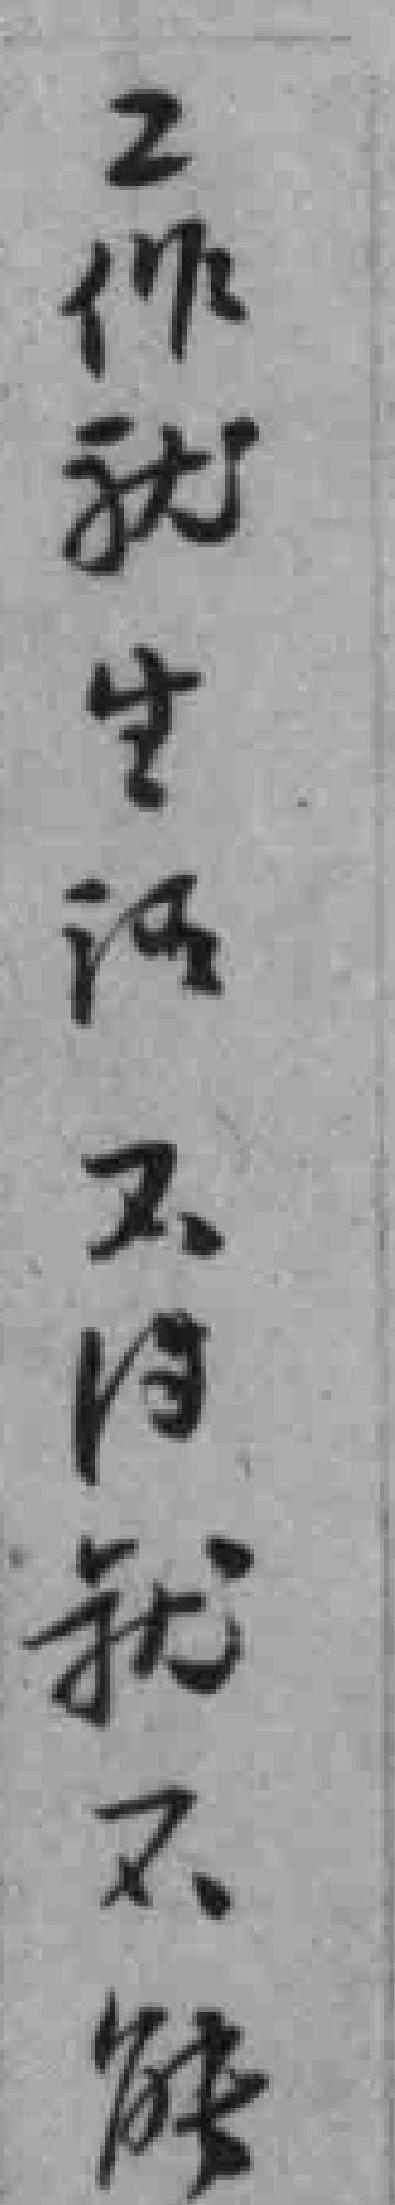
工作就生活不得就不能